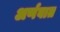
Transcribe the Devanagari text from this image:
अर्णवात